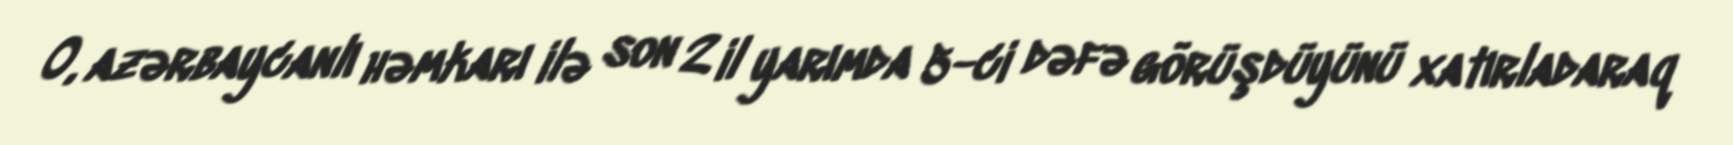
O, azərbaycanlı həmkarı ilə son 2 il yarımda 5-ci dəfə görüşdüyünü xatırladaraq